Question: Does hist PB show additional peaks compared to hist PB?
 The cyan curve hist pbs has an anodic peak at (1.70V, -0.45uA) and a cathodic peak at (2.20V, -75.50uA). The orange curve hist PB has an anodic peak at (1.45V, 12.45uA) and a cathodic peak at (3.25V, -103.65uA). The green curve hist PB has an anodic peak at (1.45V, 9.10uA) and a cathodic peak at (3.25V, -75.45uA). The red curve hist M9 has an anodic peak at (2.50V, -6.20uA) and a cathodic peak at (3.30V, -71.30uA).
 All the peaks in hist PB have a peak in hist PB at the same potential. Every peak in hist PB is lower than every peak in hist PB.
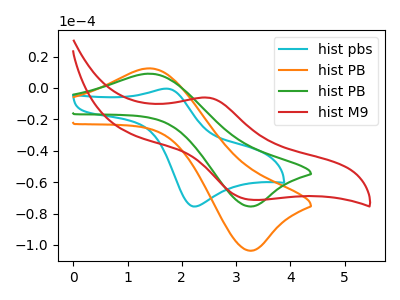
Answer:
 <answer>No, "hist PB" and "hist PB" don't appear to be significantly different in shape</answer>
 <eval>no_change</eval>